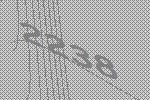
2238